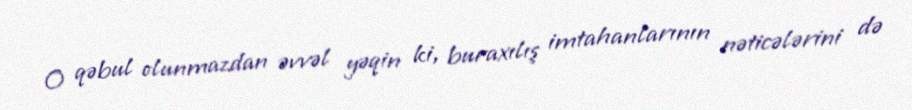
O qəbul olunmazdan əvvəl yəqin ki, buraxılış imtahanlarının nəticələrini də